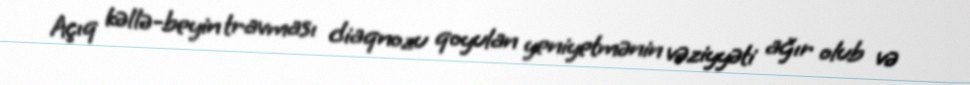
Açıq kəllə-beyin travması diaqnozu qoyulan yeniyetmənin vəziyyəti ağır olub və